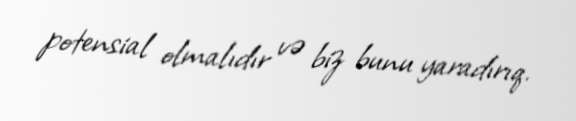
potensial olmalıdır və biz bunu yaradırıq.